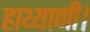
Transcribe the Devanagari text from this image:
हाथ्याणी।